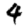
Digit: 4